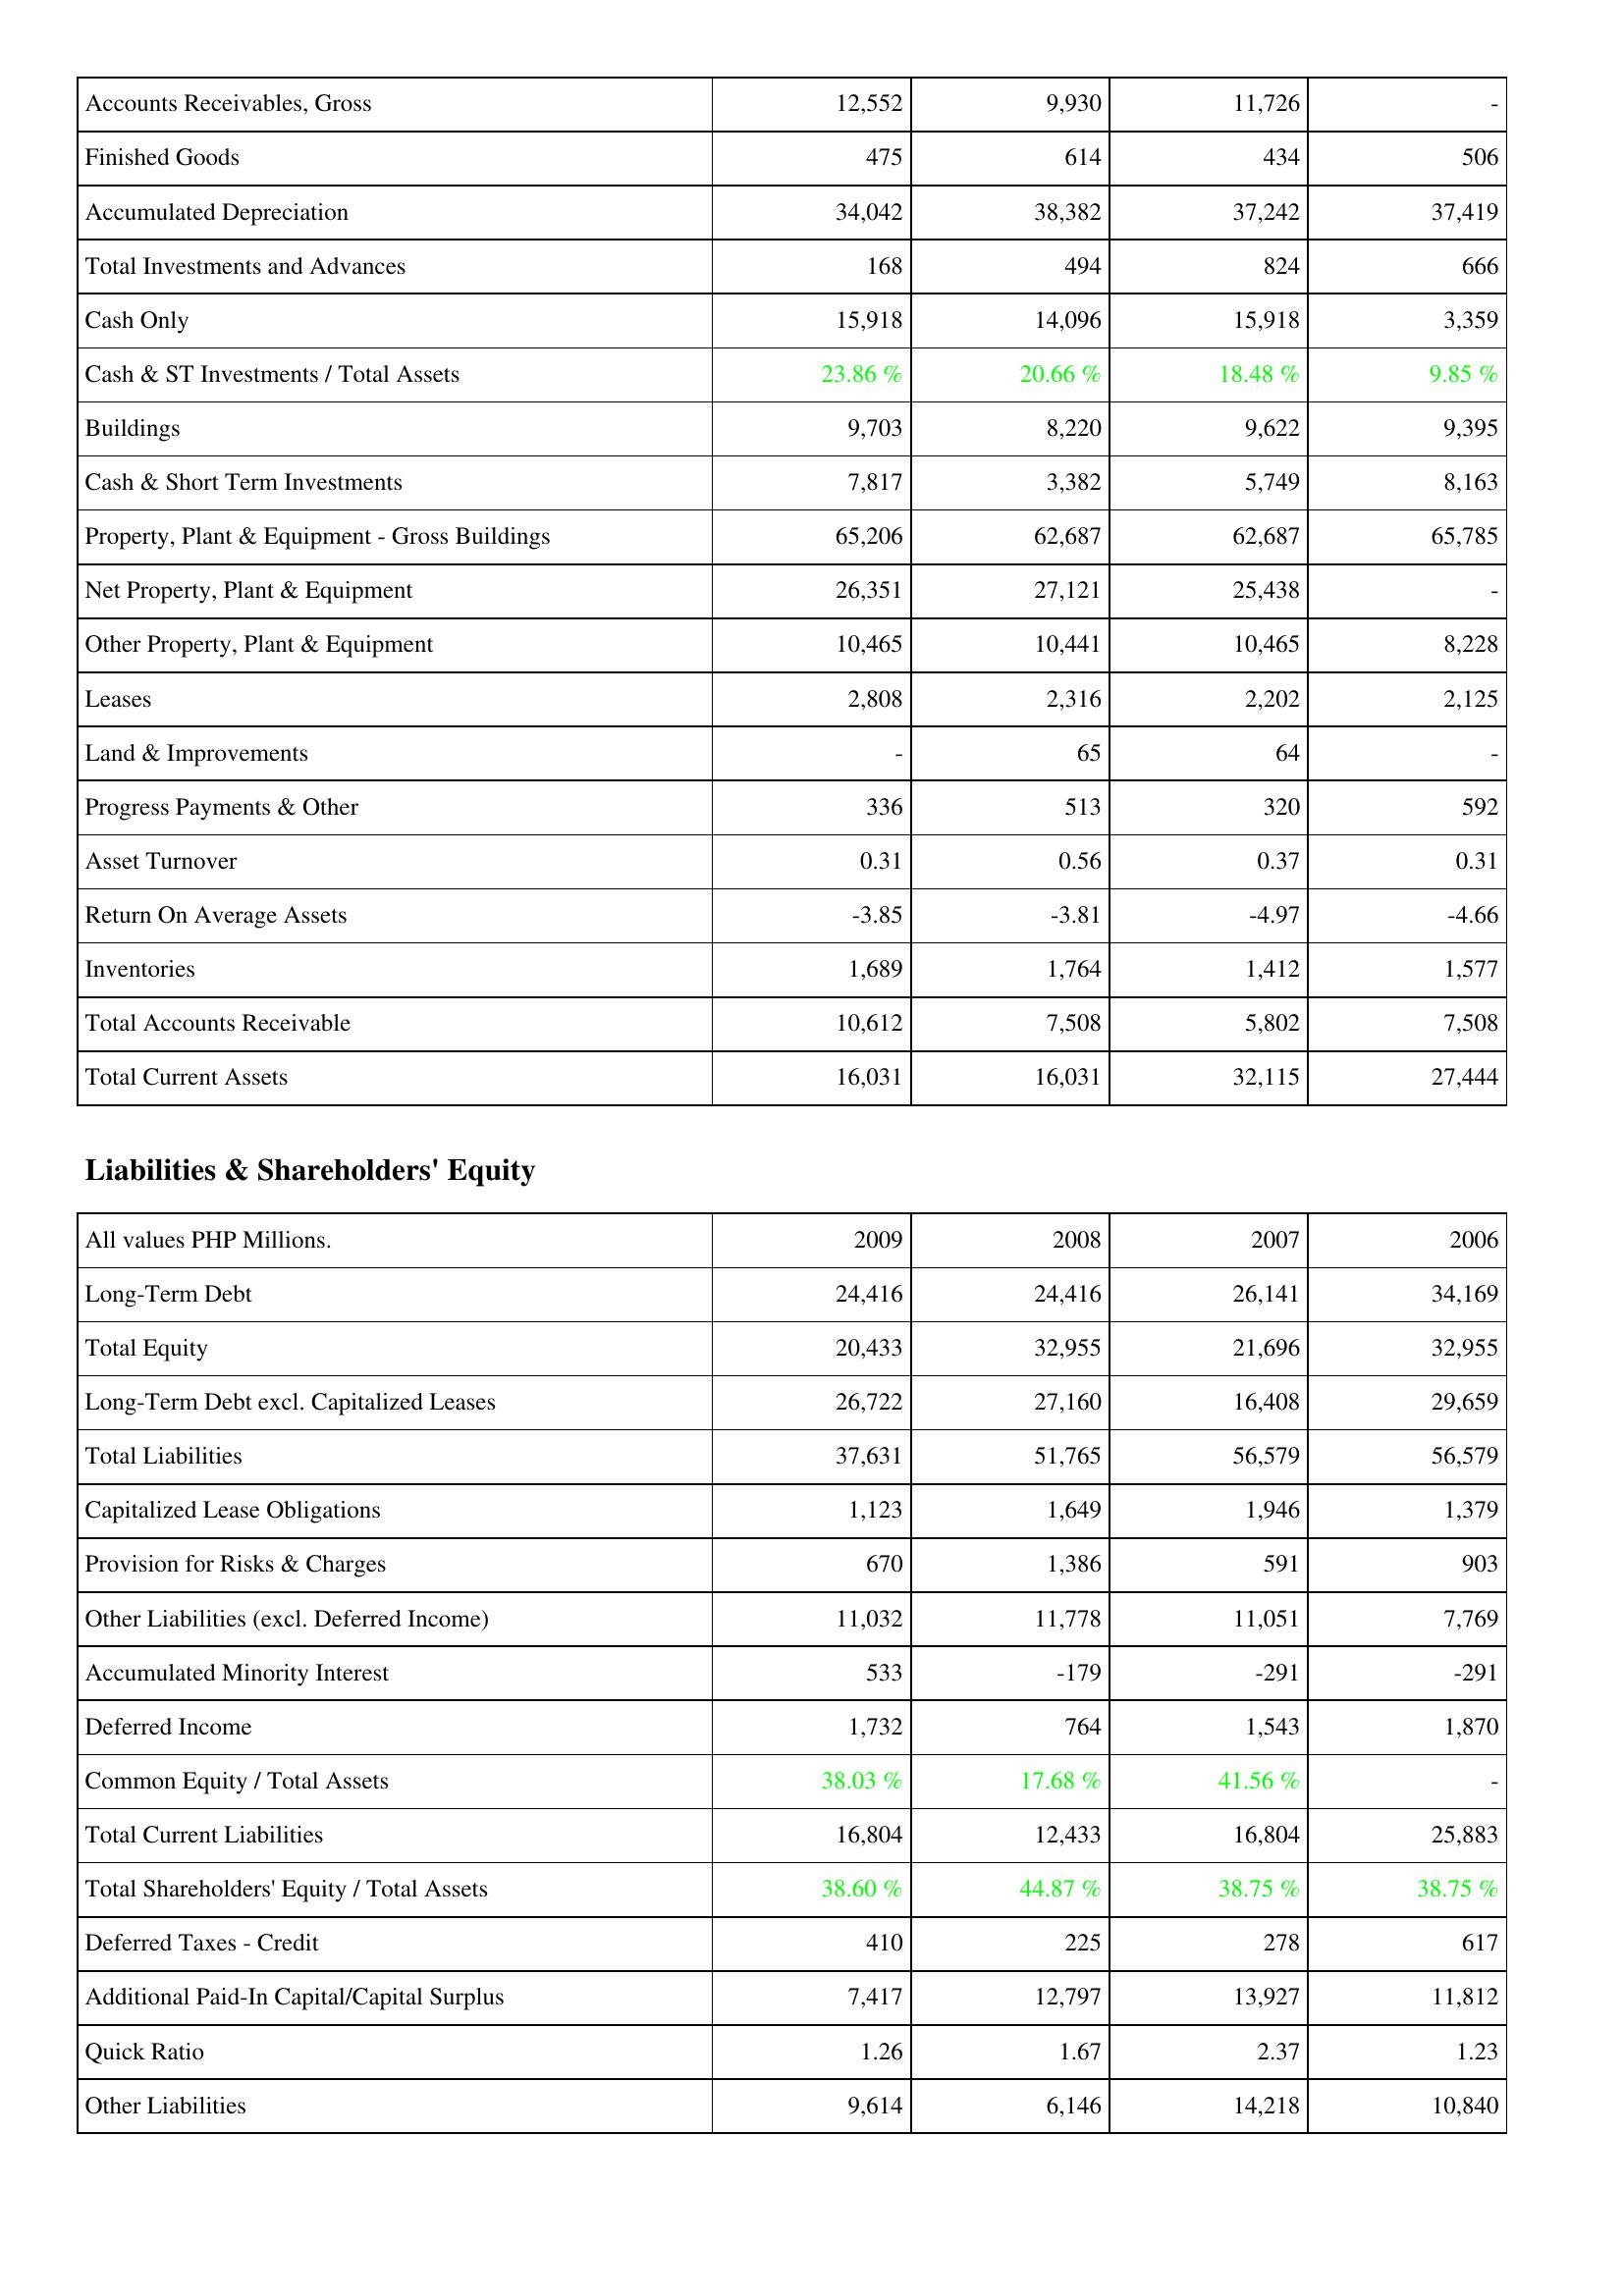
2009: Assets: Accounts Receivables, Gross: 12,552
Finished Goods: 475
Accumulated Depreciation: 34,042
Total Investments and Advances: 168
Cash Only: 15,918
Cash & ST Investments / Total Assets: 23.86 %
Buildings: 9,703
Cash & Short Term Investments: 7,817
Property, Plant & Equipment - Gross Buildings: 65,206
Net Property, Plant & Equipment: 26,351
Other Property, Plant & Equipment: 10,465
Leases: 2,808
Land & Improvements: -
Progress Payments & Other: 336
Asset Turnover: 0.31
Return On Average Assets: -3.85
Inventories: 1,689
Total Accounts Receivable: 10,612
Total Current Assets: 16,031
Liabilities & Shareholders' Equity: Long-Term Debt: 24,416
Total Equity: 20,433
Long-Term Debt excl. Capitalized Leases: 26,722
Total Liabilities: 37,631
Capitalized Lease Obligations: 1,123
Provision for Risks & Charges: 670
Other Liabilities (excl. Deferred Income): 11,032
Accumulated Minority Interest: 533
Deferred Income: 1,732
Common Equity / Total Assets: 38.03 %
Total Current Liabilities: 16,804
Total Shareholders' Equity / Total Assets: 38.60 %
Deferred Taxes - Credit: 410
Additional Paid-In Capital/Capital Surplus: 7,417
Quick Ratio: 1.26
Other Liabilities: 9,614
2008: Assets: Accounts Receivables, Gross: 9,930
Finished Goods: 614
Accumulated Depreciation: 38,382
Total Investments and Advances: 494
Cash Only: 14,096
Cash & ST Investments / Total Assets: 20.66 %
Buildings: 8,220
Cash & Short Term Investments: 3,382
Property, Plant & Equipment - Gross Buildings: 62,687
Net Property, Plant & Equipment: 27,121
Other Property, Plant & Equipment: 10,441
Leases: 2,316
Land & Improvements: 65
Progress Payments & Other: 513
Asset Turnover: 0.56
Return On Average Assets: -3.81
Inventories: 1,764
Total Accounts Receivable: 7,508
Total Current Assets: 16,031
Liabilities & Shareholders' Equity: Long-Term Debt: 24,416
Total Equity: 32,955
Long-Term Debt excl. Capitalized Leases: 27,160
Total Liabilities: 51,765
Capitalized Lease Obligations: 1,649
Provision for Risks & Charges: 1,386
Other Liabilities (excl. Deferred Income): 11,778
Accumulated Minority Interest: -179
Deferred Income: 764
Common Equity / Total Assets: 17.68 %
Total Current Liabilities: 12,433
Total Shareholders' Equity / Total Assets: 44.87 %
Deferred Taxes - Credit: 225
Additional Paid-In Capital/Capital Surplus: 12,797
Quick Ratio: 1.67
Other Liabilities: 6,146
2007: Assets: Accounts Receivables, Gross: 11,726
Finished Goods: 434
Accumulated Depreciation: 37,242
Total Investments and Advances: 824
Cash Only: 15,918
Cash & ST Investments / Total Assets: 18.48 %
Buildings: 9,622
Cash & Short Term Investments: 5,749
Property, Plant & Equipment - Gross Buildings: 62,687
Net Property, Plant & Equipment: 25,438
Other Property, Plant & Equipment: 10,465
Leases: 2,202
Land & Improvements: 64
Progress Payments & Other: 320
Asset Turnover: 0.37
Return On Average Assets: -4.97
Inventories: 1,412
Total Accounts Receivable: 5,802
Total Current Assets: 32,115
Liabilities & Shareholders' Equity: Long-Term Debt: 26,141
Total Equity: 21,696
Long-Term Debt excl. Capitalized Leases: 16,408
Total Liabilities: 56,579
Capitalized Lease Obligations: 1,946
Provision for Risks & Charges: 591
Other Liabilities (excl. Deferred Income): 11,051
Accumulated Minority Interest: -291
Deferred Income: 1,543
Common Equity / Total Assets: 41.56 %
Total Current Liabilities: 16,804
Total Shareholders' Equity / Total Assets: 38.75 %
Deferred Taxes - Credit: 278
Additional Paid-In Capital/Capital Surplus: 13,927
Quick Ratio: 2.37
Other Liabilities: 14,218
2006: Assets: Accounts Receivables, Gross: -
Finished Goods: 506
Accumulated Depreciation: 37,419
Total Investments and Advances: 666
Cash Only: 3,359
Cash & ST Investments / Total Assets: 9.85 %
Buildings: 9,395
Cash & Short Term Investments: 8,163
Property, Plant & Equipment - Gross Buildings: 65,785
Net Property, Plant & Equipment: -
Other Property, Plant & Equipment: 8,228
Leases: 2,125
Land & Improvements: -
Progress Payments & Other: 592
Asset Turnover: 0.31
Return On Average Assets: -4.66
Inventories: 1,577
Total Accounts Receivable: 7,508
Total Current Assets: 27,444
Liabilities & Shareholders' Equity: Long-Term Debt: 34,169
Total Equity: 32,955
Long-Term Debt excl. Capitalized Leases: 29,659
Total Liabilities: 56,579
Capitalized Lease Obligations: 1,379
Provision for Risks & Charges: 903
Other Liabilities (excl. Deferred Income): 7,769
Accumulated Minority Interest: -291
Deferred Income: 1,870
Common Equity / Total Assets: -
Total Current Liabilities: 25,883
Total Shareholders' Equity / Total Assets: 38.75 %
Deferred Taxes - Credit: 617
Additional Paid-In Capital/Capital Surplus: 11,812
Quick Ratio: 1.23
Other Liabilities: 10,840